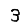
Digit: 3